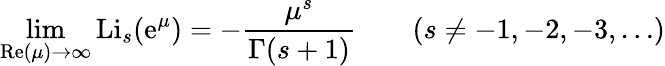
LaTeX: \operatorname*{lim}_{\operatorname{R\mathrm{e}}(\mu)\to\infty}\operatorname{Li}_{s}(\mathrm{e}^{\mu})=-{\frac{{\mu^{s}}}{{\Gamma(s+1)}}}\qquad(s\neq-1,-2,-3,\ldots)